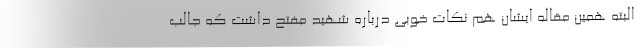
البته همین مقاله ایشان هم نکات خوبی درباره شهید مفتح داشت که جالب